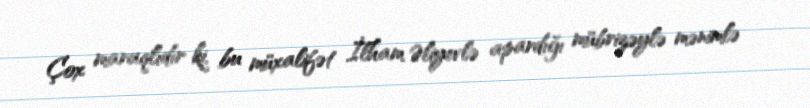
Çox maraqlıdır ki, bu müxalifət İlham Əliyevlə apardığı mübrizəylə mənimlə